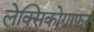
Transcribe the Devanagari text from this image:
लेक्सिकोग्राफर